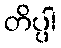
တိပ္ပါ